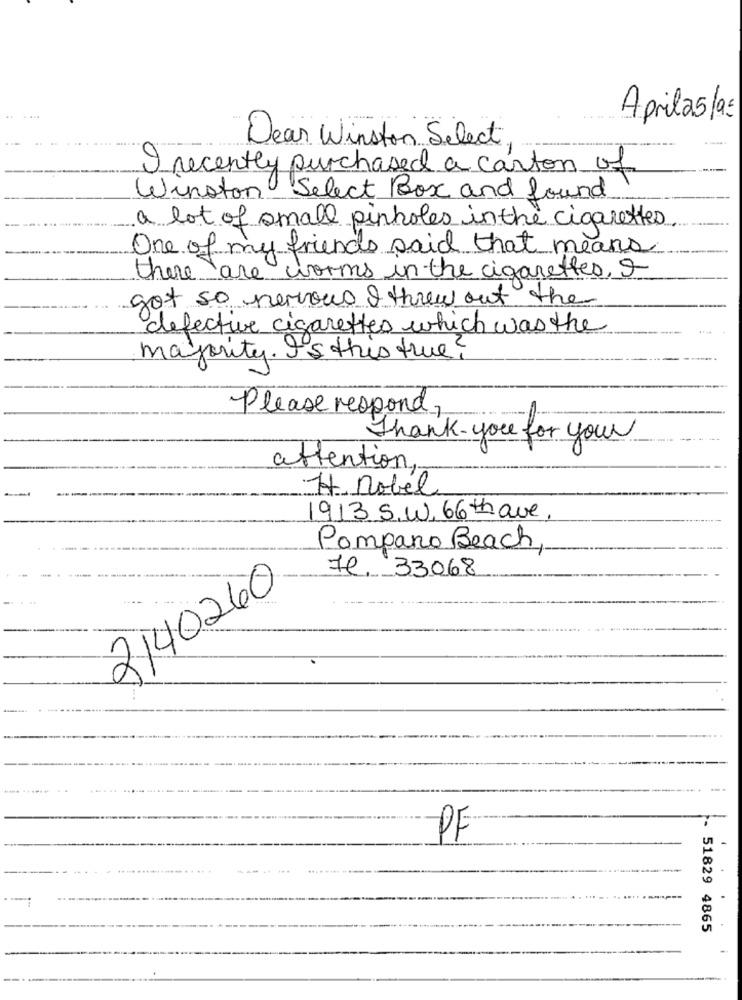
Aprila5/as
Dear Winston Select
I recently purchased a carton of
Winston Select Box and found
a lot of small pinholes in the cigarettes
One of my friends said that means
there are worms in the cigarettes,
got so nervous & threw out the
defective cigarettes which was the
majority. Is this true ?
Please respond,
Thank- you for your
attention ,-
--------
7 nobel
913 S.W.66 thave
Pompano Beach,
Il, 33068
2140260
PF
51829 4865